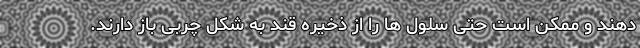
دهند و ممکن است حتی سلول ها را از ذخیره قند به شکل چربی باز دارند.